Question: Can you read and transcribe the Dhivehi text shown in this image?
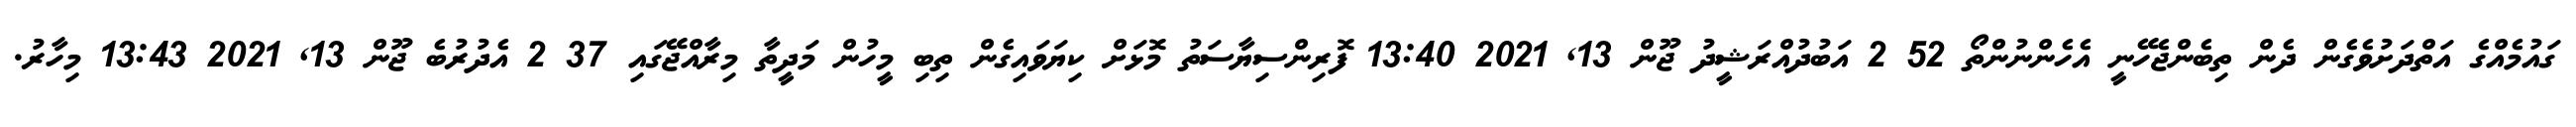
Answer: ގައުމެއްގެ އަތްދަށުވެގެން ދެން ތިބެންޖެހޭނީ އެހެންނުންތޯ 52 2 އަބުދުއްރަޝީދު ޖޫން 13, 2021 13:40 ފޮރިންސިޔާސަތު މޮޅަށް ކިޔަވައިގެން ތިބި މީހުން މަދީތާ މިރާއްޖޭގައި 37 2 އެދުރުބެ ޖޫން 13, 2021 13:43 މިހާރު.